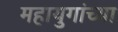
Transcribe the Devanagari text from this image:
महायुगांच्या